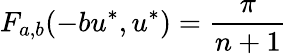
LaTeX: F_{a,b}(-bu^{*},u^{*})=\frac{\pi}{n+1}